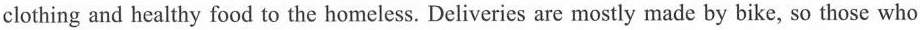
clothing and healthy food to the homeless. Deliveries are mostly made by bike, so those who